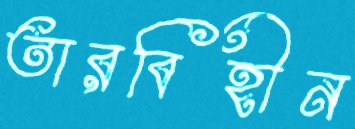
তারবিহীন